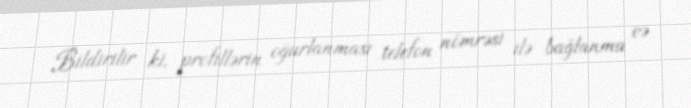
Bildirilir ki, profillərin oğurlanması telefon nömrəsi ilə bağlanma və